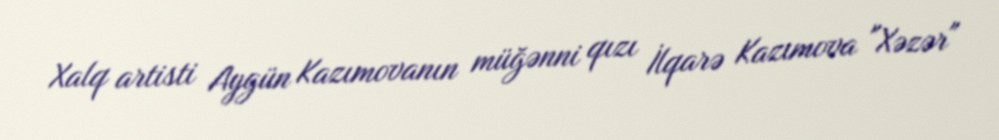
Xalq artisti Aygün Kazımovanın müğənni qızı İlqarə Kazımova "Xəzər"